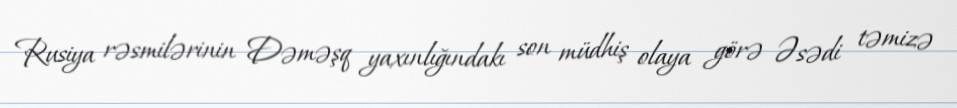
Rusiya rəsmilərinin Dəməşq yaxınlığındakı son müdhiş olaya görə Əsədi təmizə